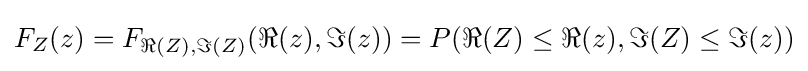
F_{Z}(z)=F_{\Re {(Z)},\Im {(Z)}}(\Re {(z)},\Im {(z)})=P(\Re {(Z)}\leq \Re {(z)},\Im {(Z)}\leq \Im {(z)})